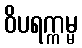
ဝိပရက္ကမ္မ